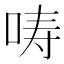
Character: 𱒦